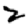
Digit: 2